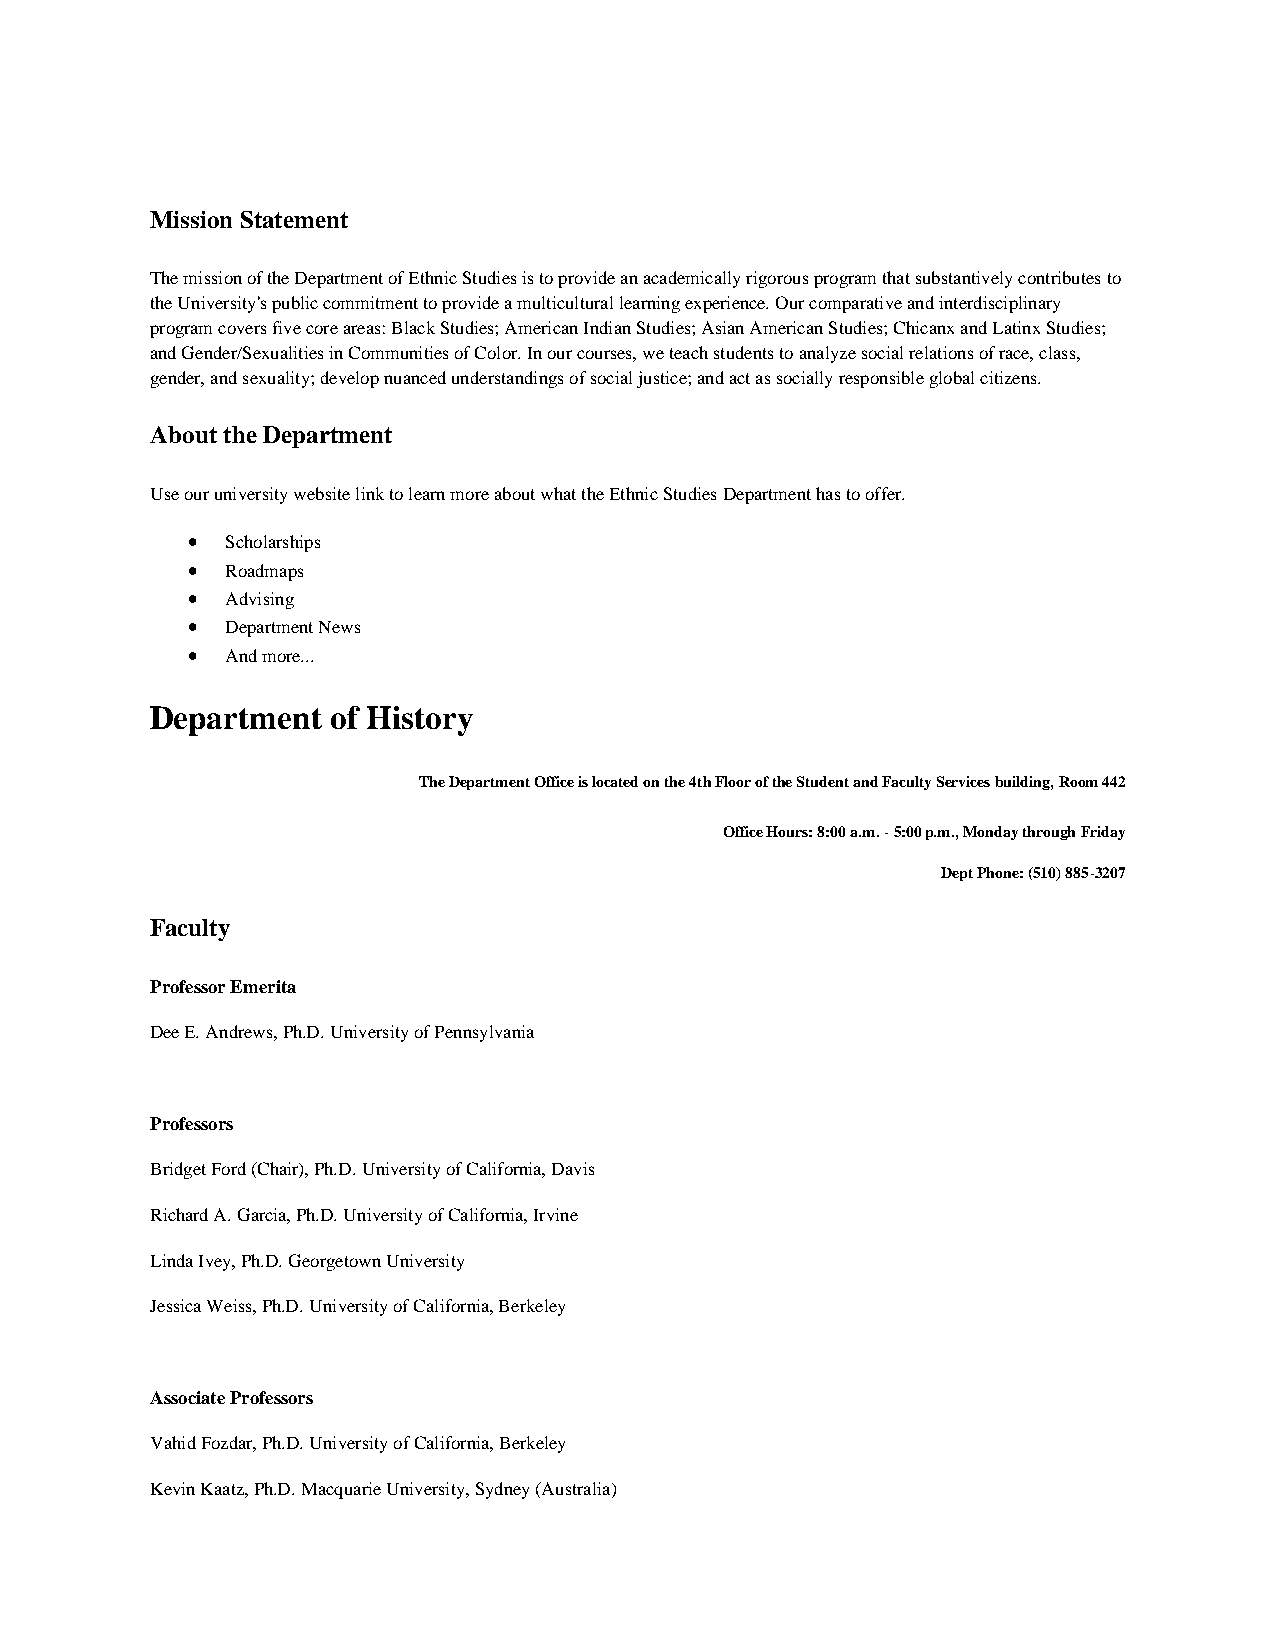
Mission Statement
 The mission of the Department of Ethnic Studies is to provide an academically rigorous program that substantively contributes to
 the University's public commitment to provide a multicultural learning experience. Our comparative and interdisciplinary
 program covers five core areas: Black Studies; American Indian Studies; Asian American Studies; Chicanx and Latinx Studies;
 and Gender/Sexualities in Communities of Color. In our courses, we teach students to analyze social relations of race, class,
 gender, and sexuality; develop nuanced understandings of social justice; and act as socially responsible global citizens.
 About the Department
 Use our university website link to learn more about what the Ethnic Studies Department has to offer.
 •  Scholarships
 •  Roadmaps
 •  Advising
 •  Department News
 •  And more...
 Department  of History
 The Department Office is located on the 4th Floor of the Student and Faculty Services building, Room 442
 Office Hours: 8:00 a.m. - 5:00 p.m., Monday through Friday
 Dept Phone: (510) 885-3207
 Faculty
 Professor Emerita
 Dee E. Andrews, Ph.D. University of Pennsylvania
 Professors
 Bridget Ford (Chair), Ph.D. University of California, Davis
 Richard A. Garcia, Ph.D. University of California, Irvine
 Linda Ivey, Ph.D. Georgetown University
 Jessica Weiss, Ph.D. University of California, Berkeley
 Associate Professors
 Vahid Fozdar, Ph.D. University of California, Berkeley
 Kevin Kaatz, Ph.D. Macquarie University, Sydney (Australia)